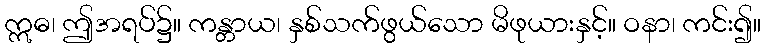
ဣဓ၊ ဤအရပ်၌။ ကန္တာယ၊ နှစ်သက်ဖွယ်သော မိဖုယားနှင့်။ ဝနာ၊ ကင်း၍။